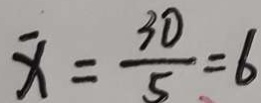
x = \frac { 3 0 } { 5 } = 6